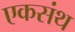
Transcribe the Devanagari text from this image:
एकसंथ